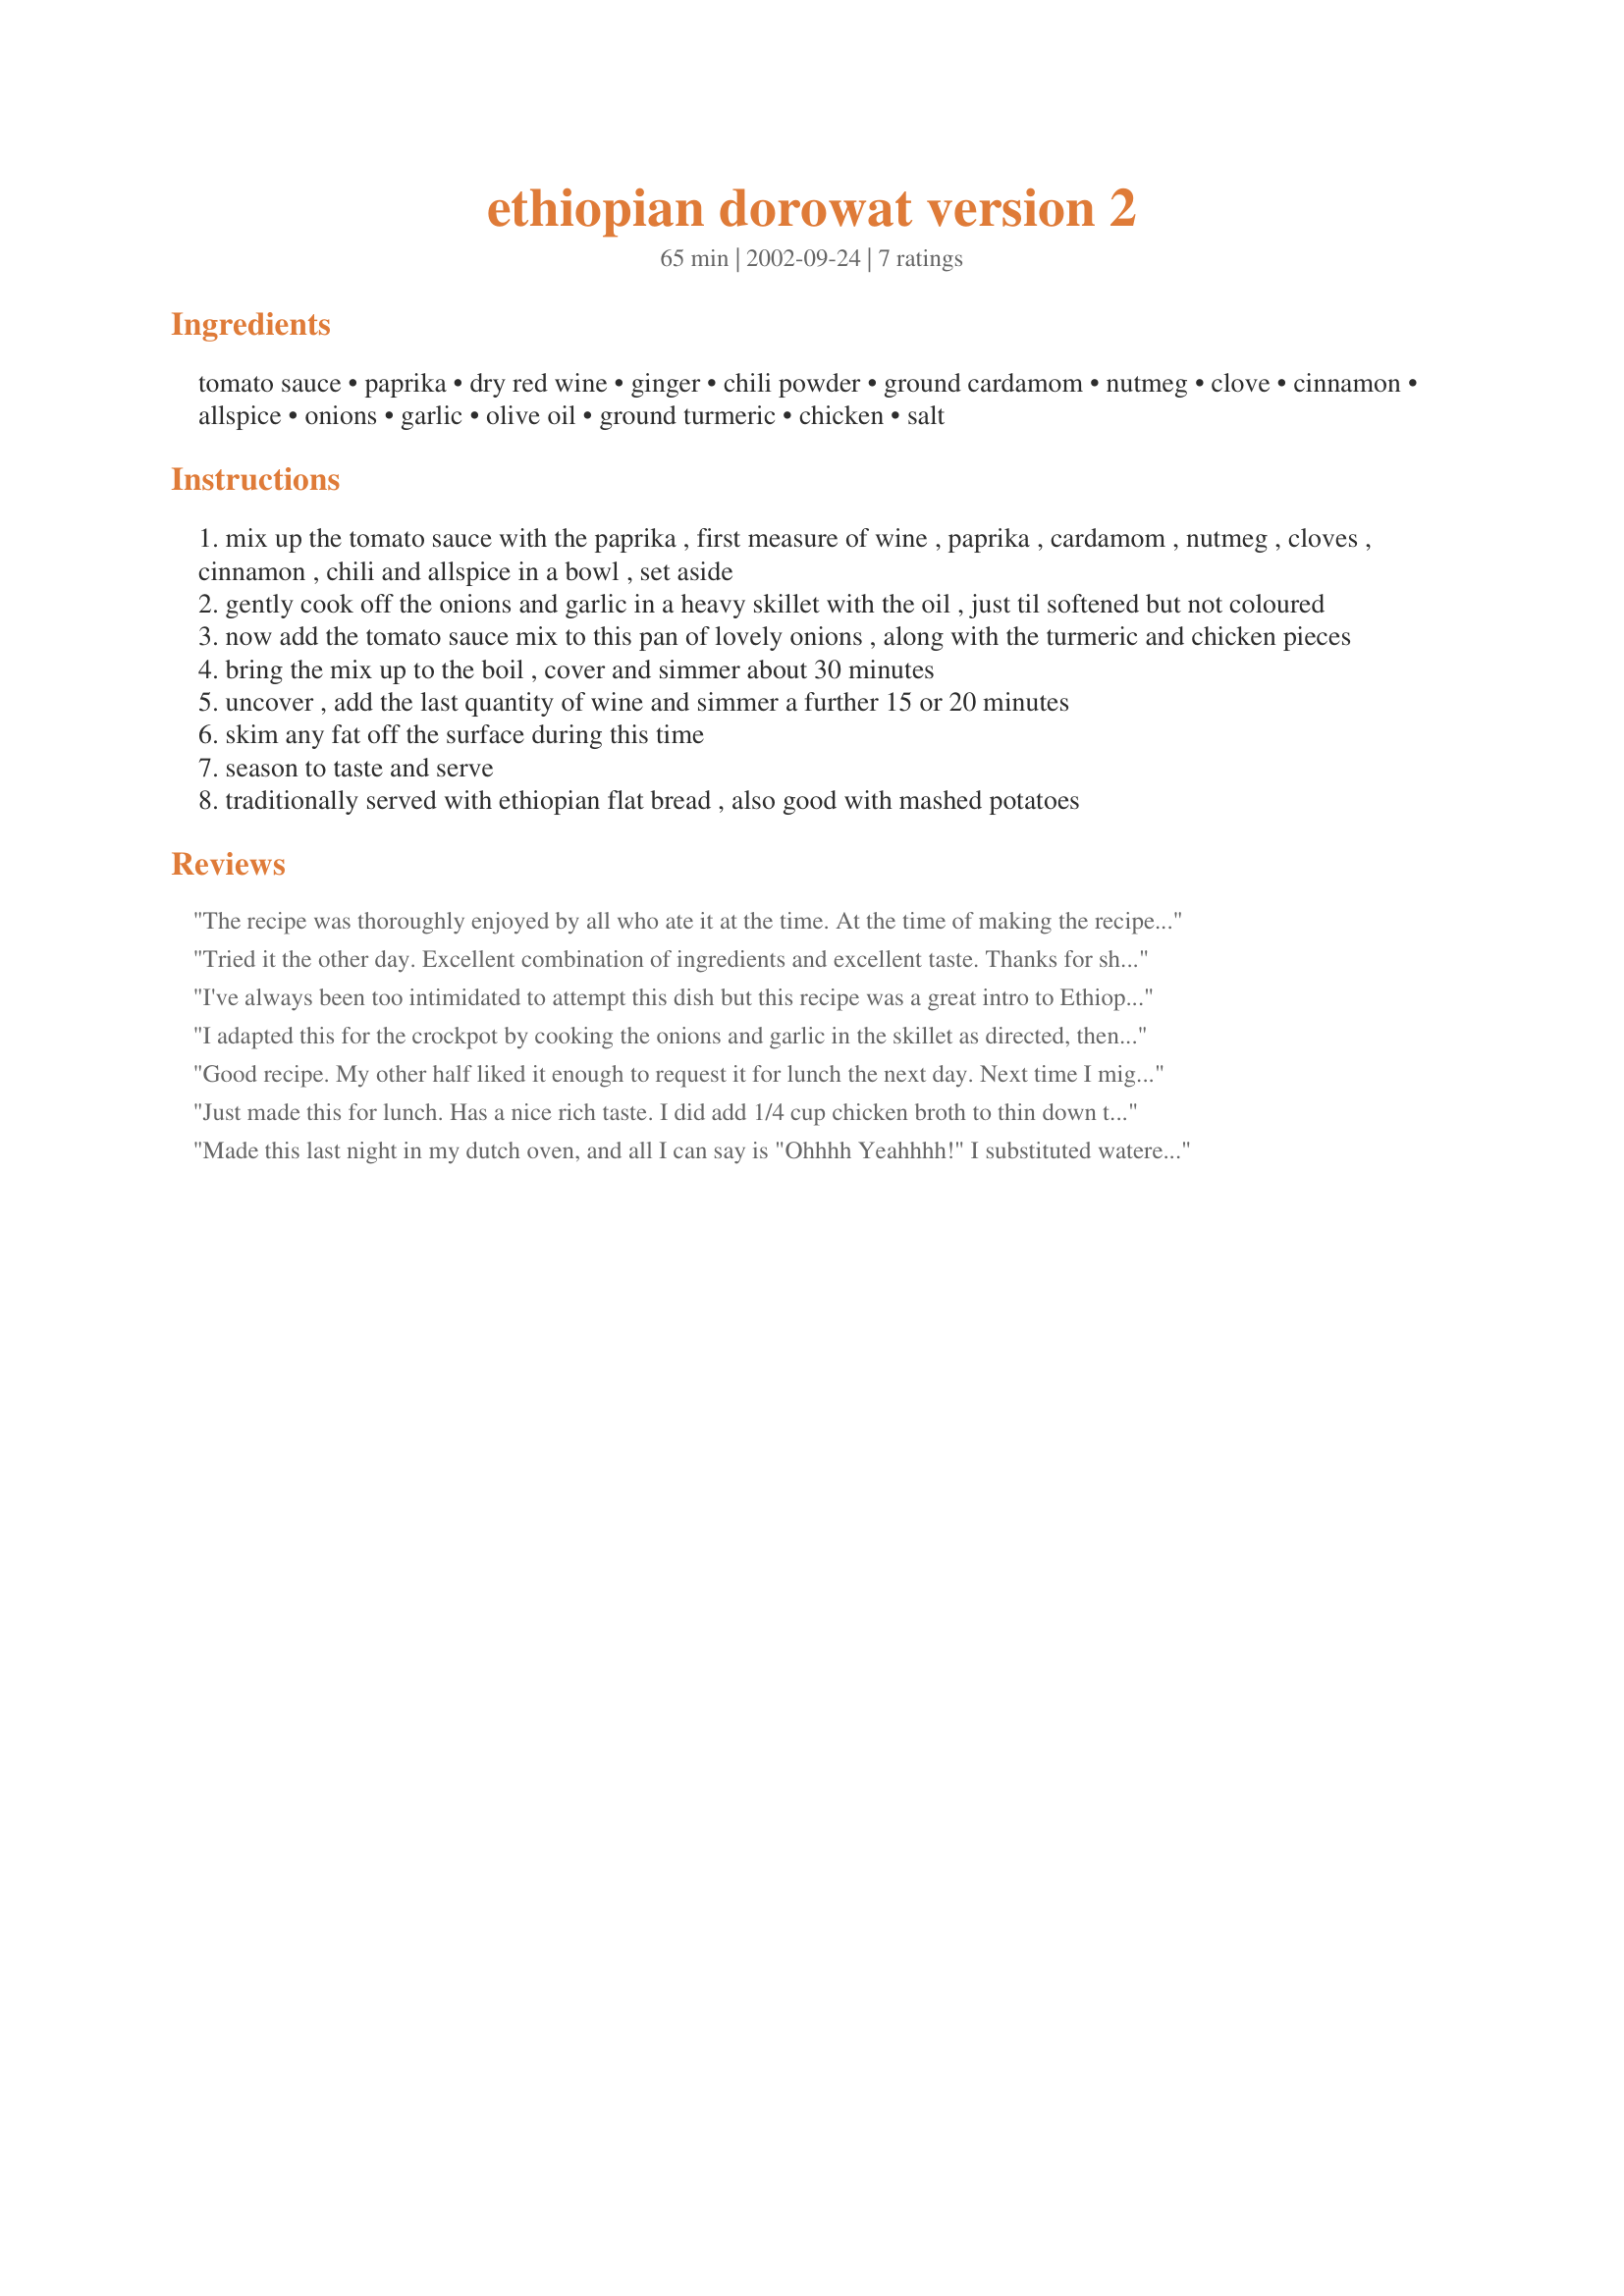
ethiopian dorowat version 2
Preparation time: 65 minutes

Ingredients:
tomato sauce, paprika, dry red wine, ginger, chili powder, ground cardamom, nutmeg, clove, cinnamon, allspice, onions, garlic, olive oil, ground turmeric, chicken, salt

Steps:
mix up the tomato sauce with the paprika , first measure of wine , paprika , cardamom , nutmeg , cloves , cinnamon , chili and allspice in a bowl , set aside
gently cook off the onions and garlic in a heavy skillet with the oil , just til softened but not coloured
now add the tomato sauce mix to this pan of lovely onions , along with the turmeric and chicken pieces
bring the mix up to the boil , cover and simmer about 30 minutes
uncover , add the last quantity of wine and simmer a further 15 or 20 minutes
skim any fat off the surface during this time
season to taste and serve
traditionally served with ethiopian flat bread , also good with mashed potatoes

Reviews:
The recipe was thoroughly enjoyed by all who ate it at the time. At the time of making the recipe I was a little doubtful about the amount of paprika, although all my family likes paprika I felt that 4 tablespoons would be a little overpowering. In future I will definitely make it again but use only 3 tablespoons of paprika.
tag (UK)
p.s. In the first paragraph of the recipe I assume that one of the paprikas should be ginger.
Tried it the other day. Excellent combination of ingredients and excellent taste. Thanks for sharing the recipe. Will definitely repeat the dish.
I've always been too intimidated to attempt this dish but this recipe was a great intro to Ethiopian cuisine. I tweaked it by adding a 1/4 cup chicken broth as suggested and I only used 1tblsp paprika because I couldn't imagine using much more than that for a dish serving only4-6. Thank you Megstar!!
I adapted this for the crockpot by cooking the onions and garlic in the skillet as directed, then putting everything in the crockpot on low for about 6 hours. This worked great. I do think there's a bit too much paprika, and next time will use half as much, plus maybe a tablespoon of sugar or honey and a dash of salt. But, overall, a very good an interesting recipe!
Good recipe. My other half liked it enough to request it for lunch the next day.

Next time I might add a touch of brown sugar. I have had this recipe out dining and I remember a hint of sweetness.
Just made this for lunch. Has a nice rich taste. I did add 1/4 cup chicken broth to thin down the mixture, as it was more of a paste and didn't want to burn it while bringing it to a boil (too thick even with the first portion of wine). I did brown and removethe chicken before cooking the onions, though, and let the onions sweat and deglaze the bottom of the pot. Then I made the sauce and added the chicken. Served it with white rice and mixed veggies. Easy and tasty dish. This would be good with some carrots and peas mixed in.

LeeAnn
Made this last night in my dutch oven, and all I can say is "Ohhhh Yeahhhh!" I substituted watered-down tomato paste for sauce, and had to augment the liquid because of this (with a little extra wine). Served over couscous, with fresh naan, and brussels sprouts chiffonade.
